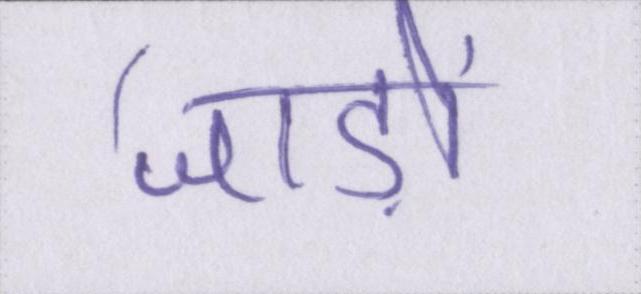
जाड़ों